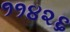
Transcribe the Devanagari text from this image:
११४२६